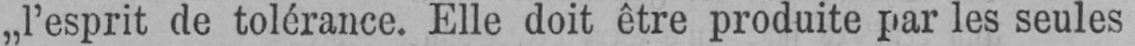
„l’esprit de tolérance. Elle doit être produite par les seules